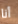
أنا